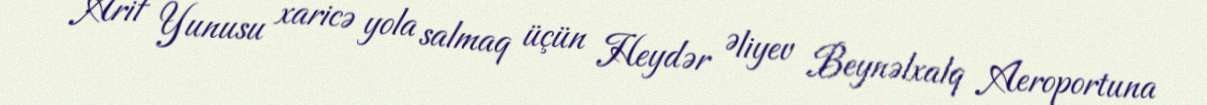
Arif Yunusu xaricə yola salmaq üçün Heydər Əliyev Beynəlxalq Aeroportuna